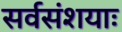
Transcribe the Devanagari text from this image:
सर्वसंशयाः